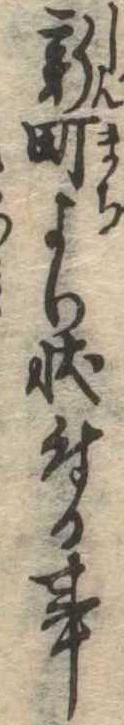
新町より状付る事